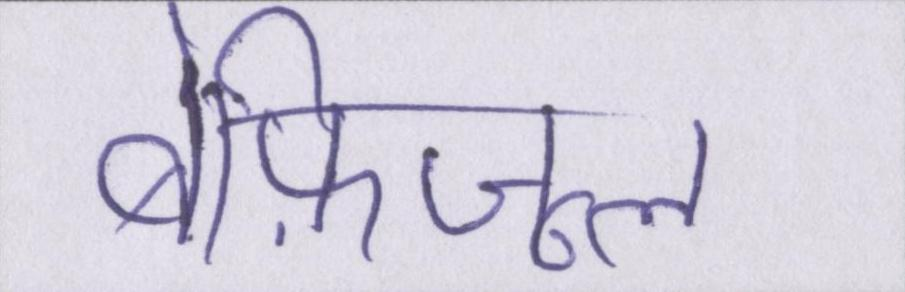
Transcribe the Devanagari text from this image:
बेफ़िजूल